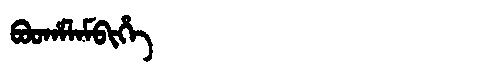
Manchu: ᠪᠣᠣᡥᠠᠯᠠᠮᠪᡳᡥᡝ
Romanization: BOOHALAMBIHE